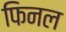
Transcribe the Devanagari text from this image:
फिनल